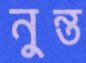
নুন্ত